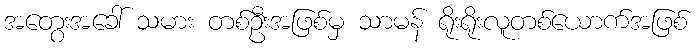
အတွေးအခေါ် သမား တစ်ဦးအဖြစ်မှ သာမန် ရိုးရိုးလူတစ်ယောက်အဖြစ်